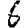
Digit: 6